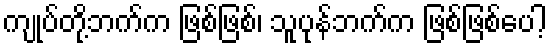
ကျုပ်တို့ဘက်က ဖြစ်ဖြစ်၊ သူပုန်ဘက်က ဖြစ်ဖြစ်ပေါ့